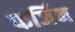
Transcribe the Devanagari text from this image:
फर्जिन